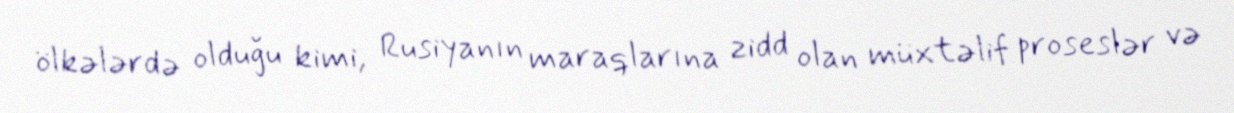
ölkələrdə olduğu kimi, Rusiyanın maraqlarına zidd olan müxtəlif proseslər və